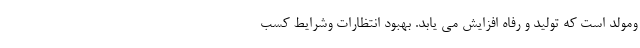
ومولد است که تولید و رفاه افزایش می یابد. بهبود انتظارات وشرایط کسب